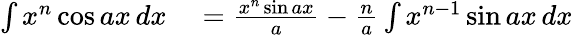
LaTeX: \begin{array}{rl}{\int x^{n}\cos ax\, dx}&{{}={\frac{x^{n}\sin ax}{a}}-{\frac{n}{a}}\int x^{n-1}\sin ax\, dx}\end{array}